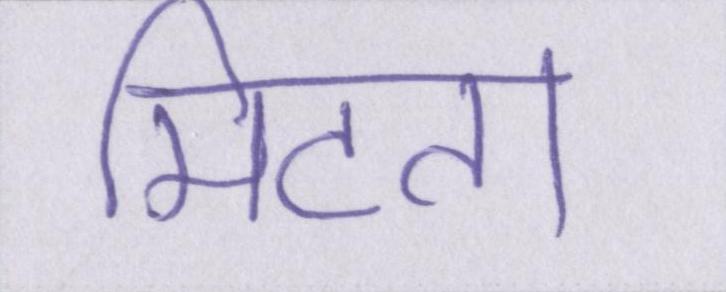
मिटता